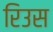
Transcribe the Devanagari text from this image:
रिउस